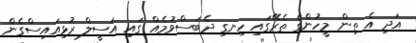
އަދި އެ ތިން މީހުންގެ ތެރޭގައި ހިނގި ދެބަސްވުމެއް ގައި އަސީލް ރުޅިއައިސްގެން